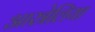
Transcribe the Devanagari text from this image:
आस्त्रेलिया